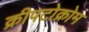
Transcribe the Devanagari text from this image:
क्रीपटोक्रोम